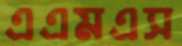
এএমএস